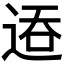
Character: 𬨦